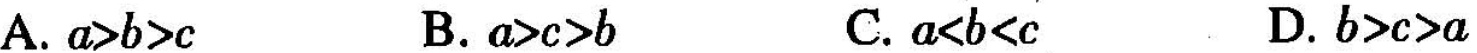
A.$$a > b > c$$ B.$$a > c > b$$ C.$$a < b < c$$ D.$$b > c > a$$